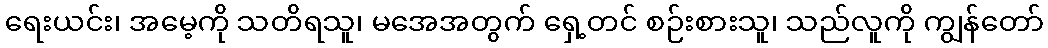
ရေးယင်း၊ အမေ့ကို သတိရသူ၊ မအေအတွက် ရှေ့တင် စဉ်းစားသူ၊ သည်လူကို ကျွန်တော်